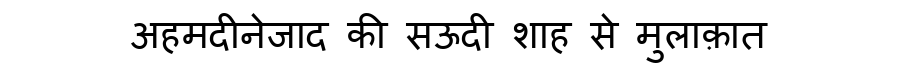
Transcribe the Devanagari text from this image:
अहमदीनेजाद की सऊदी शाह से मुलाक़ात